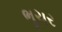
ભૂચર